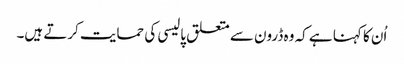
اُن کا کہنا ہے کہ وہ ڈرون سے متعلق پالیسی کی حمایت کرتے ہیں۔